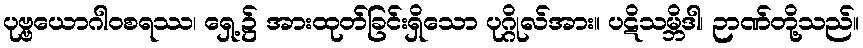
ပုဗ္ဗယောဂါဝစရဿ၊ ရှေ့၌ အားထုတ်ခြင်းရှိသော ပုဂ္ဂိုလ်အား။ ပဋိသမ္ဘိဒါ၊ ဉာဏ်တို့သည်။